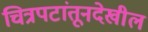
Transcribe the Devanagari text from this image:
चित्रपटांतूनदेखील